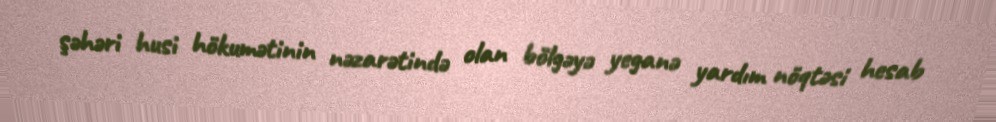
şəhəri husi hökumətinin nəzarətində olan bölgəyə yeganə yardım nöqtəsi hesab